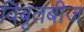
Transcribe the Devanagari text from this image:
विबृतबीज